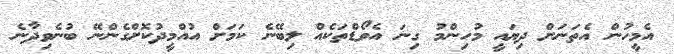
އެމީހުން އެތަނަށް ދިޔައީ މުހިންމު ގިނަ އެވޯޑްތަކެއް ލިބޭނެ ކަމަށް އުއްމީދުކޮށްގެންނޭ ބުނެވިދާނެ